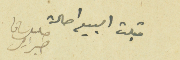
قبلت البيع احالة خليل سابا جبرايل